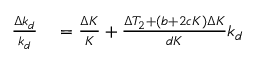
\begin{array} { r l } { \frac { \Delta k _ { d } } { k _ { d } } } & { { } = \frac { \Delta K } { K } + \frac { \Delta T _ { 2 } + ( b + 2 c K ) \Delta K } { d K } k _ { d } } \end{array}